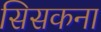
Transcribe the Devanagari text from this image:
सिसकना